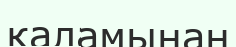
қаламынан